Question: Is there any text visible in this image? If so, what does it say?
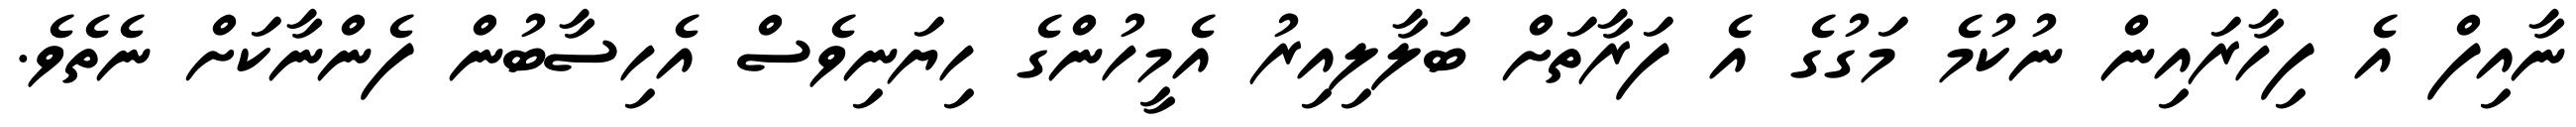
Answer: ނާއިފް އެ ފިހާރައިން ނުކުމެ މަގުގެ އެ ފަރާތަށް ބަލާލިއިރު އެމީހުންގެ ހިޔަނިވެސް އެހިސާބުން ފެންނާކަށް ނެތެވެ.